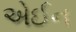
એઈન